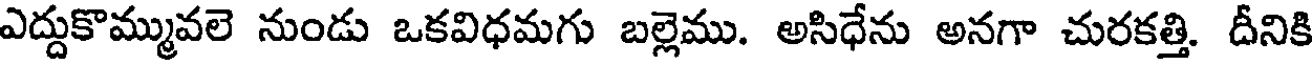
ఎద్దుకొమ్మువలె నుండు ఒకవిధమగు బల్లెము. అసిధేను అనగా చురకత్తి. దీనికి